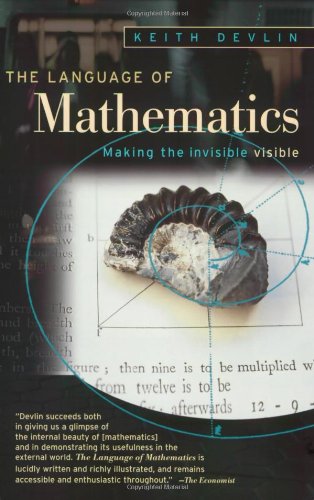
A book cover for The Language of Mathematics: Making the Invisible Visible; Keith Devlin; Science & Math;